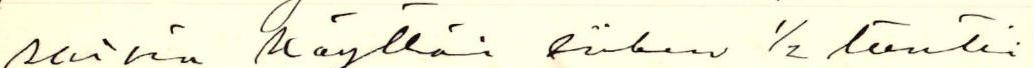
saisin käyttää siihen ½ tuntia